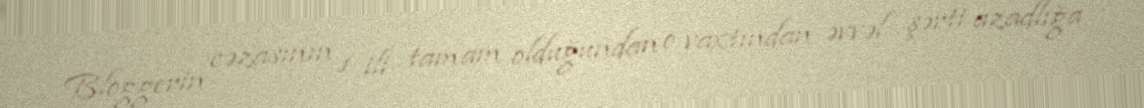
Bloggerin cəzasının 1 ili tamam olduğundan o vaxtından əvvəl şərti azadlığa